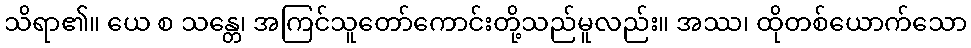
သိရာ၏။ ယေ စ သန္တေ၊ အကြင်သူတော်ကောင်းတို့သည်မူလည်း။ အဿ၊ ထိုတစ်ယောက်သော